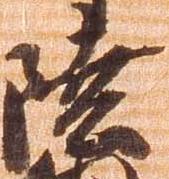
陸